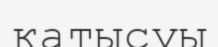
қатысуы